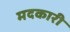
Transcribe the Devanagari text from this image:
मदकारी